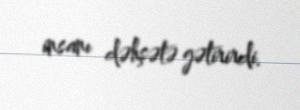
insanı dəhşətə gətirirdi.